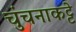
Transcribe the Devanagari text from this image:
चुंचनाकट्टे